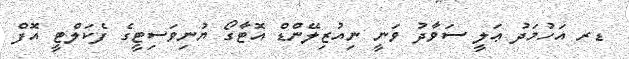
ޑރ އަހުމަދު ޢަލީ ސަވާދު ވަނީ ނިއުޒިލޭންޑް އޮޓާގޯ ޔުނިވަސިޓީގެ ފެކަލްޓީ އޮފް